Vital statistics of India. Vol. IV, Annual returns from 1871 to 1876. British Army of India, Native Army and jails of Bengal
Year: 1871
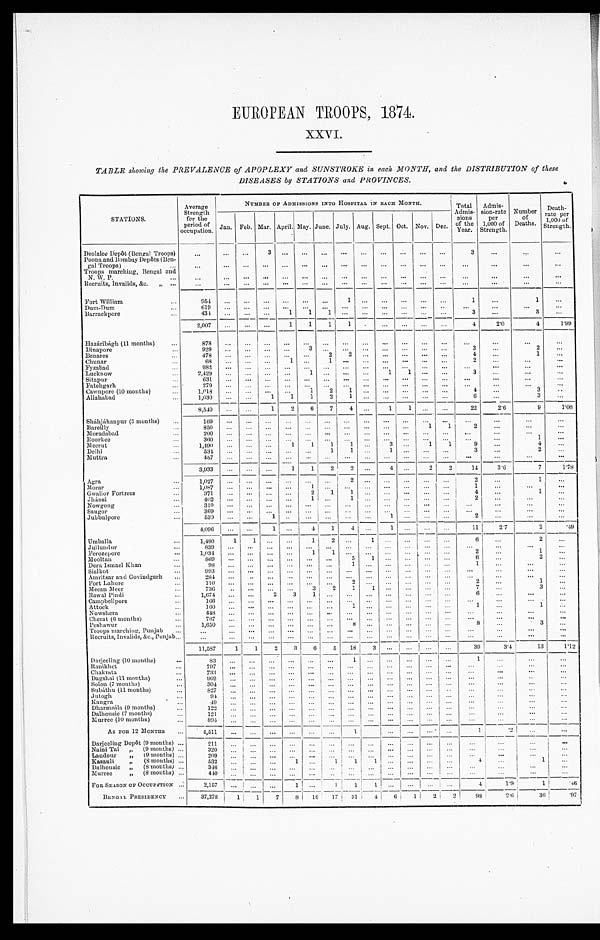
EUROPEAN TROOPS, 1874.
XXVI.
TABLE showing the PREVALENCE of APOPLEXY and SUNSTROKE in each MONTH, and the DISTRIBUTION of these
DISEASES by STATIONS and PROVINCES.
STATIONS.
Average
Strength
for the
period of Occupation.
NUMBER OF ADMISSIONS INTO HOSPITAL IN EACH MONTH.
Total
Admis-
sions
of the
Year.
Admis-
sion-rate
per
1,000 of
Strength.
Number
of
Deaths.
Deat
h- rat e per 1, 000 of St rengt h.
Jan. Feb. Mar. April. May. June. July. Aug. Sept. Oct. Nov. Dec.
Deolalee Depôt (Bengal Troops)
. . .
. . .
. . .
3
. . .
. . .
. . .
. . .
. . .
. . .
. . .
. . .
. . .
3
. . .
. . .
. . .
Poona and Bombay Depôts (Ben
-
gal Troops) . . .
. . .
. . .
. . .
. . .
. . .
. . .
. . .
. . .
. . .
. . .
. . .
. . .
. . .
. . .
. . .
. . .
. . .
Troops marching, Bengal and
N. W. P. . . .
. . .
. . .
. . .
. . .
. . .
. . .
. . .
. . .
. . .
. . .
. . .
. . .
. . .
. . .
. . .
. . .
. . .
Recruits, Invalids, &c. " . . .
. . .
. . .
. . .
. . .
. . .
. . .
. . .
. . .
. . .
. . .
. . .
. . .
. . .
. . .
. . .
. . .
. . .
Fort William . . .
954
. . .
. . .
. . .
. . .
. . .
. . .
1
. . .
. . .
. . .
. . .
. . .
1
. . .
1
. . .
Dum-Dum . . .
619
. . .
. . .
. . .
. . .
. . .
. . .
. . .
. . .
. . .
. . .
. . .
. . .
. . .
. . .
. . .
. . .
Barrackpore . . .
434
. . .
. . .
. . .
1
1
1
. . .
. . .
. . .
. . .
. . .
. . .
3
. . .
3
. . .
2,007
. . .
. . .
. . .
1
1
1
1
. . .
. . .
. . .
. . .
. . .
4
2 . 0
4
1.99
Hazáribágh (11 months) . . .
878
. . .
. . . . . .
. . .
. . .
. . .
. . .
. . .
. . .
. . . . . .
. . .
. . .
. . .
. . .
. . .
Dinapore . . .
9 2 9
. . .
. . . . . .
. . .
3
. . .
. . .
. . .
. . .
. . . . . .
. . .
3
. . .
2
. . .
Benares . . .
478
. . .
. . . . . .
. . .
. . .
2
2
. . .
. . .
. . .
. . .
. . .
4
. . .
1
. . .
Chunar . . .
68
. . .
. . .
. . .
1
. . .
1
. . .
. . .
. . .
. . . . . .
. . .
2
. . .
. . .
. . .
Fyzabad . . .
982
. . .
. . .
. . .
. . .
. . .
. . .
. . .
. . .
. . .
. . .
. . .
. . .
. . .
. . .
. . .
. . .
Lucknow . . .
2,429
. . .
. . .
. . .
. . .
1
. . .
. . .
. . .
1
1 . . .
. . .
3
. . .
. . .
. . .
Sitapur . . .
631
. . .
. . . . . .
. . .
. . .
. . .
. . .
. . .
. . .
. . . . . .
. . .
. . .
. . .
. . .
. . .
Fatehgar . . .
279
. . .
. . . . . .
. . .
. . .
. . .
. . .
. . .
. . .
. . .
. . .
. . .
. . .
. . .
. . .
. . .
Cawnpore (10 months) . . .
1,018
. . .
. . .
. . .
. . .
1
2
1
. . .
. . .
. . .
. . .
. . .
4
. . .
3
. . .
Allahabad . . .
1,030
. . .
. . .
1
1
1
2
1
. . .
. . .
. . . . . .
. . .
6
. . .
3
. . .
8,540
. . .
. . .
1
2
6
7
4
. . .
1
1
. . .
. . .
22
2.6
9
1.06
Sháhjáhanpur (3 months) . . .
1 6 9
. . .
. . .
. . .
. . .
. . .
. . .
. . .
. . .
. . .
. . .. . .
. . .
. . .
. . .
. . .
. . .
Bareilly . . .
8 5 0
. . .
. . .
. . .
. . .
. . . . . .
. . .
. . .
. . .
. . .
1
1
2
. . .
. . .
. . .
Moradabad . . .
200
. . .
. . .
. . .
. . .
. . .
. . .
. . .
. . .
. . .
. . .
. . .
. . .
. . .
. . .
. . .
. . .
Roorkee . . .
3 6 0
. . .
. . .
. . .. . .
. . .
. . .
. . .
. . .
. . .
. . .
. . .
. . .
. . .
. . .
1
. . .
Meerut . . .
1,490
. . .
. . .
. . .
1
1
1
1
. . .
3
. . .
1
1
9
. . .
4 . . .
Delhi . . .
534
. . .
. . . . . .
. . .
. . .
1
1
. . .
1
. . .
. . .
. . .
3
. . .
2
. . .
Muttra . . .
457
. . .
. . .
. . .
. . .
. . .
. . .
. . .
. . .
. . .
. . .. . .
. . .
. . .
. . .
. . .
. . .
3,933
. . .
. . . . . .
1
1
2
2
. . .
4
. . .
2
2
14
3.6
7
1.78
Agra . . .
1 , 0 2 7
. . .
. . .. . .
. . .
. . .
. . .
2
. . .
. . .
. . .
. . .
. . .
2
. . .
1
. . .
Morar . . .
1,087
. . .
. . .
. . .
. . .
1
. . .
. . .
. . .
. . .
. . .
. . .
. . .
1
. . .
. . .
. . .
Gwalior Fortress . . .
371
. . .
. . . . . .
. . .
2
1
1
. . .
. . . . . .
. . .
. . .
4
. . .
1
. . .
Jhánsi . . .
4 0 2
. . .
. . . . . .
. . .
1
. . .
1
. . .
. . . . . .
. . .
. . .
2
. . .
. . .
. . .
Nowgong . . .
3 1 0
. . .
. . . . . .
. . .
. . .
. . .
. . .
. . .
. . .
. . .
. . .
. . .
. . .
. . .
. . .
. . .
Saugor . . .
369
. . .
. . . . . .
. . .
. . .
. . .
. . .
. . .
. . . . . .
. . .
. . .
. . .
. . .
. . .
. . .
Jubbulpore . . .
5 3 9
. . .
. . .
1
. . .
. . .
. . .
. . .
. . .
1
. . .
. . .
. . .
2
. . .
. . .
. . .
4,096
. . .
. . .
1
. . .
4
1
4
. . .
1
. . .
. . .
. . .
11
2 . 7
2
.49
Umballa . . .
1,480
1
1
. . .
. . .
1
2
. . .
1
. . . . . .
. . .
. . .
6
. . .
2
. . .
Jullundur . . .
8 3 9
. . .
. . .. . .
. . .
. . .
. . .
. . .
. . .
. . . . . .
. . .
. . .
. . .
. . .
. . .
. . .
Ferozepore . . .
1,034
. . .
. . .
. . .
. . .
1
1
. . .
. . .
. . . . . .
. . .
. . .
2
. . .
1
. . .
Mooltan . . .
8 6 9
. . .
. . .. . .
. . .
. . .
. . .
5
1
. . .
. . .
. . .
. . .
6
. . .
2
. . .
Dera Ismael Khan . . .
9 8
. . .
. . .. . .
. . .
. . .
. . .
1
. . .
. . . . . .
. . .
. . .
1
. . .
. . .
. . .
Sialkot . . .
993
. . .
. . .
. . . . . .
. . .
. . .
. . .
. . .
. . .
. . .
. . .
. . .
. . .
. . .
. . .
. . .
Amritsar and Govindgarh . . .
284
. . .
. . .
. . . . . .
. . .
. . .
. . .
. . .
. . .
. . .
. . .
. . .
. . .
. . .
. . .
. . .
Fort Lahore . . .
1 1 0
. . .
. . .. . .
. . .
. . .
. . .
2
. . .
. . .
. . .
. . .
. . .
2 . . .
1
. . .
Meean Meer . . .
736
. . .
. . .
. . .
. . .
3
2
1
1
. . .
. . .
. . .
. . .
7
. . .
3
. . .
Rawal Pindi . . .
1,674
. . .
. . .
2
3
1
. . .
. . .
. . .
. . .
. . .
. . .
. . .
6
. . .
. . .
. . .
Campbellpore . . .
166
. . .
. . .
. . .
. . .
. . .
. . .
. . .
. . .
. . .
. . .
. . .
. . .
. . .
. . .
. . .
. . .
Attock . . .
1 6 0
. . .
. . .. . .
. . .
. . .
. . .
1
. . .
. . . . . .
. . .
. . .
1
. . .
1
. . .
Nowshera . . .
448
. . .
. . .
. . .
. . .
. . .
. . .
. . .
. . .
. . .
. . .
. . .
. . .
. . .
. . .
. . .
. . .
Cherat (6 months) . . .
767
. . .
. . .
. . .
. . .
. . .
. . .
. . .
. . .
. . .
. . .
. . .
. . .
. . .
. . .
. . .
. . .
Peshawur . . .
1,650
. . .
. . . . . .
. . .
. . .
. . .
8
. . .
. . . . . .
. . .
. . .
8
. . .
3
. . .
Troops marching, Punjab . . .
. . .
. . .
. . .
. . .
. . .
. . .
. . .
. . .
. . .
. . .
. . .
. . .
. . .
. . .
. . .
. . .
. . .
Recruits, Invalids, &c., Punjab . . .
. . .
. . .
. . .
. . .
. . .
. . .
. . .
. . .
. . .
. . .
. . .
. . .
. . .
. . .
. . .
. . .
. . .
11,587
1
1
2
3
6
5
18
3
. . .. . .
. . .
. . .
39
3.4
13
1.12
Darjeeling (10 months) . . .
8 3
. . .
. . .
. . .
. . .
. . .
. . .
1
. . .
. . .
. . .
. . .
. . .
1
. . .
. . .
. . .
Ranikhet . . .
797
. . .
. . .
. . .
. . .
. . .
. . .
. . .
. . .
. . .. . .
. . .
. . .
. . .
. . .
. . .
. . .
C h a k r a t a . . .
733
. . .
. . .
. . .
. . .
. . .
. . .
. . .
. . .
. . .
. . .
. . .
. . .
. . .
. . .
. . .
. . .
D a g s h a i ( 1 1 m o n t h s ) . . .
969
. . .
. . .
. . .
. . .
. . .
. . .
. . .
. . .
. . .
. . . . . .
. . .
. . .
. . .
. . .
. . .
S o l o n ( 7 m o n t h s ) . . .
304
. . .
. . .
. . .
. . .
. . .
. . .
. . .
. . .
. . .
. . .
. . .
. . .
. . .
. . .
. . .
. . .
Subáthu (11 months) . . .
8 2 7 . . .
. . .
. . .
. . .
. . .
. . .
. . .
. . .
. . . . . .
. . .
. . .
. . .
. . .
. . .
. . .
Jutogh . . .
9 4
. . .
. . .
. . .
. . .
. . .
. . .
. . .
. . .
. . .
. . .
. . .
. . .
. . .
. . .
. . .
. . .
Kangra . . .
4 9 . . .
. . .
. . .
. . .
. . .
. . .
. . .
. . .
. . . . . .
. . .
. . .
. . .
. . .
. . .
. . .
Dharmsála (9 months) . . .
1 2 2 . . .
. . .
. . .
. . .
. . .
. . .
. . .
. . .
. . .
. . . . . .
. . .
. . .
. . .
. . .
. . .
Dalhousie (7 months) . . .
1 2 1 . . .
. . .
. . .
. . .
. . .
. . .
. . .
. . .
. . . . . .
. . .
. . .
. . .
. . .
. . .
. . .
Murree (10 months) . . .
894
. . .
. . .
. . .
. . .
. . .
. . .
. . .
. . .
. . .
. . . . . .
. . .
. . .
. . .
. . .
. . .
AS FOR 12 MONTHS . . .
4,511
. . .
. . .
. . .
. . .
. . .
. . .
1
. . .
. . .
. . .
. . .
1
. 2
. . .
. . .
Darjeeling Depôt (9 months) . . .
2 1 1 . . .
. . .
. . .
. . .
. . .
. . .
. . .
. . . . . .
. . .
. . .
. . .
. . .
. . .
. . .
. . .
Naini Tal " (9 months) . . .
3 2 0 . . .
. . .
. . .
. . .
. . .
. . .
. . .
. . .
. . .
. . .
. . .
. . .
. . .
. . .
. . .
. . .
Landour " (9 months) . . .
209
. . .
. . .
. . .
. . .
. . .
. . .
. . .
. . .
. . .
. . .
. . .
. . .
. . .
. . .
. . .
. . .
Kasauli " (8 months) . . .
532 . . .
. . .
. . .
1
. . .
1
1
1
. . .
. . .
. . .
. . .
4
. . .
1
. . .
Dalhousie " (8 months) . . .
3 4 6 . . .
. . .
. . .
. . .
. . .
. . .
. . .
. . .
. . .
. . .. . .
. . .
. . .
. . .
. . .
. . .
Murree " (8 months) . . .
440 . . .
. . .
. . .
. . .
. . .
. . .
. . .
. . . . . .
. . .
. . .
. . .
. . .
. . .
. . .
. . .
FOR SEASON OF OCCUPATION . . .
2,157
. . .
. . .
. . .
1
. . .
1
1
1
. . . . . .
. . .
. . .
4
1.9
1
. 8 6
BENGAL PRESIDENCY . . .
37,278
1
1
7
8
1 8
17
31 4
6
1
2
2
98
2.6
36
. 9 7